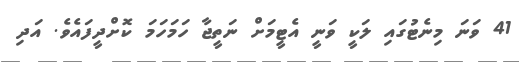
41 ވަނަ މިނެޓުގައި ލަކީ ވަނީ އެޓީމަށް ނަތީޖާ ހަމަހަމަ ކޮށްދީފައެވެ. އަދި